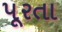
પૂરતા